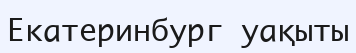
Екатеринбург уақыты